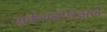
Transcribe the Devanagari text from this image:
सर्कमबोरिअल